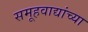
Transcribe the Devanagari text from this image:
समूहवाद्यांच्या